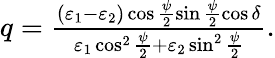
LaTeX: \begin{array}{r}{q=\frac{(\varepsilon_{1}-\varepsilon_{2})\cos\frac{\psi}{2}\sin\frac{\psi}{2}\cos\delta}{\varepsilon_{1}\cos^{2}\frac{\psi}{2}+\varepsilon_{2}\sin^{2}\frac{\psi}{2}}.}\end{array}